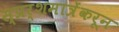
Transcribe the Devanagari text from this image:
स्प्रर्शमात्रेंकरून